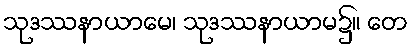
သုဒဿနာယာမေ၊ သုဒဿနာယာမ၌။ တေ